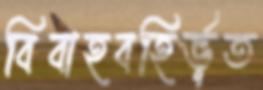
বিবাহবহির্ভূত